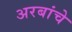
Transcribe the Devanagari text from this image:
अरबांचे